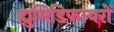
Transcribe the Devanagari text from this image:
ह्युमिडिफायरों